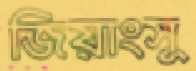
জিয়াংসু